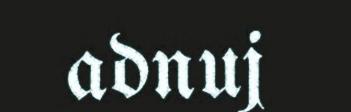
adnuj